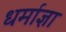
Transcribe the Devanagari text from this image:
धर्माज्ञा